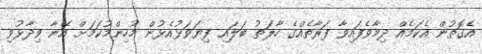
އެގޮތުން އެކަމެއް ދިމާވެފައިވާ ފަރާތެއްގެ ހާލަތު ބަލައި ފިޔަވަޅުއެޅުން މުހިންމުކަމަށް އޭނާ ވިދާޅުވި